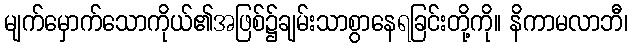
မျက်မှောက်သောကိုယ်၏အဖြစ်၌ချမ်းသာစွာနေရခြင်းတို့ကို။ နိကာမလာဘီ၊